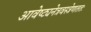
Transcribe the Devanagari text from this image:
आवेष्ट्यनेत्रवस्त्रेणततः